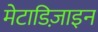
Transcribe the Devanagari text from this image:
मेटाडिज़ाइन